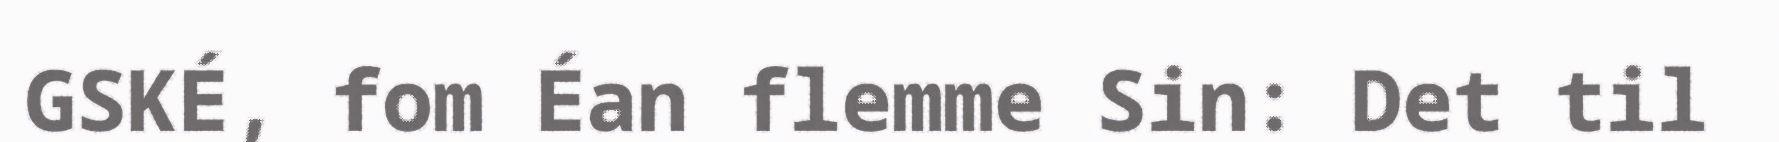
GSKÉ, fom Éan flemme Sin: Det til